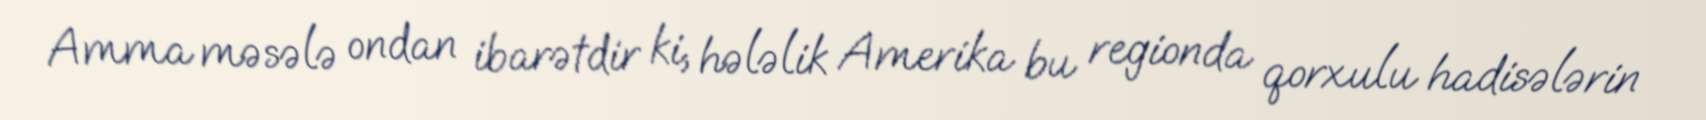
Amma məsələ ondan ibarətdir ki, hələlik Amerika bu regionda qorxulu hadisələrin